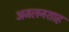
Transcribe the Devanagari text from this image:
अजलनशाह